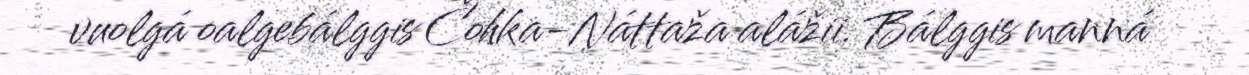
vuolgá oalgebálggis Čohka-Náttaža alážii. Bálggis manná